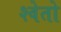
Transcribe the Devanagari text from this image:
श्‍वेतो